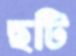
ছটি